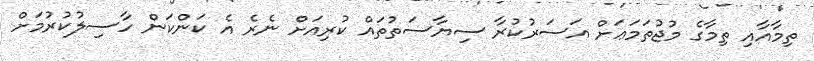
ތިމާއާއި ތިމާގެ މުޖުތަމަޢަށް އަސަރުކުރާ ސިޔާސަތުތައް ކުރިއަށް ނެރެ އެ ކަންކަން ހާސިލުކުރުމަށް